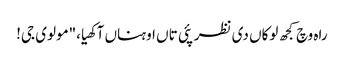
راہ وچ کجھ لوکاں دی نظر پئی تاں اوہناں آکھیا،"مولوی جی!